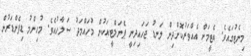
މިނެޓުގައެވެ. އެޓީމަށް އެއްވަރުކޮށްދިން ލަނޑު ޖަހައިދިނީ ޕެނަލްޓީއަކުން މުހައްމަދު ސަލާހުއެވެ. މުހިންމު ޑިފެންޑަރުން